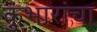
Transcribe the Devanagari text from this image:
कुंभारांचा